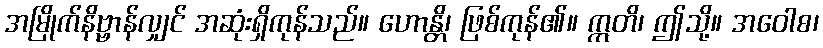
အမြိုက်နိဗ္ဗာန်လျှင် အဆုံးရှိကုန်သည်။ ဟောန္တိ၊ ဖြစ်ကုန်၏။ ဣတိ၊ ဤသို့။ အဝေါစ၊